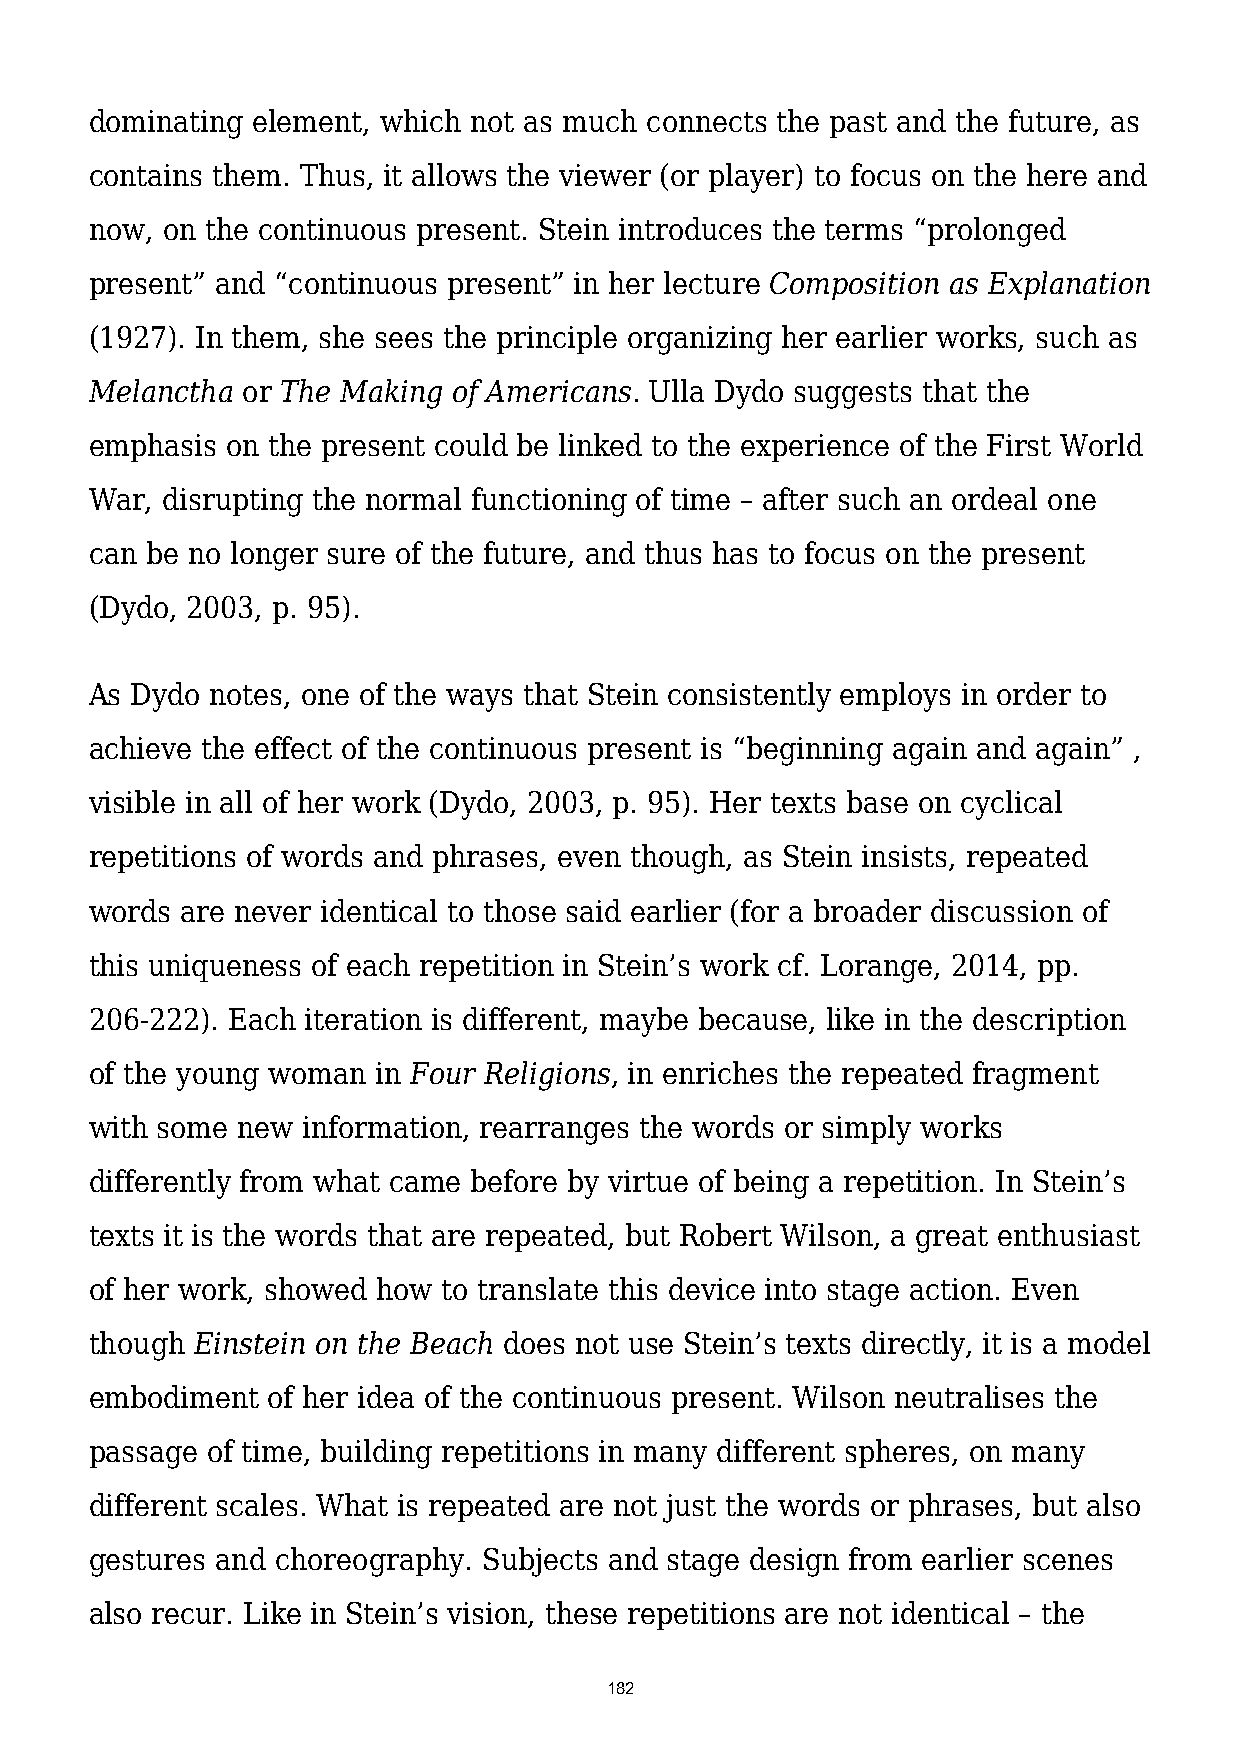
dominating element, which not as much connects the past and the future, as
 contains them. Thus, it allows the viewer (or player) to focus on the here and
 now, on the continuous present. Stein introduces the terms “prolonged
 present” and “continuous present” in her lecture Composition as Explanation
 (1927). In them, she sees the principle organizing her earlier works, such as
 Melanctha or The Making of Americans. Ulla Dydo suggests that the
 emphasis on the present could be linked to the experience of the First World
 War, disrupting the normal functioning of time – after such an ordeal one
 can be no longer sure of the future, and thus has to focus on the present
 (Dydo, 2003, p. 95).
 As Dydo notes, one of the ways that Stein consistently employs in order to
 achieve the effect of the continuous present is “beginning again and again” ,
 visible in all of her work (Dydo, 2003, p. 95). Her texts base on cyclical
 repetitions of words and phrases, even though, as Stein insists, repeated
 words are never identical to those said earlier (for a broader discussion of
 this uniqueness of each repetition in Stein’s work cf. Lorange, 2014, pp.
 206-222). Each iteration is different, maybe because, like in the description
 of the young woman in Four Religions, in enriches the repeated fragment
 with some new information, rearranges the words or simply works
 differently from what came before by virtue of being a repetition. In Stein’s
 texts it is the words that are repeated, but Robert Wilson, a great enthusiast
 of her work, showed how to translate this device into stage action. Even
 though Einstein on the Beach does not use Stein’s texts directly, it is a model
 embodiment  of her idea of the continuous present. Wilson neutralises the
 passage of time, building repetitions in many different spheres, on many
 different scales. What is repeated are not just the words or phrases, but also
 gestures and choreography. Subjects and stage design from earlier scenes
 also recur. Like in Stein’s vision, these repetitions are not identical – the
 182